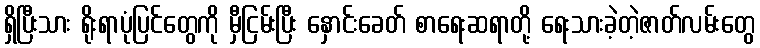
ရှိပြီးသား ရိုးရာပုံပြင်တွေကို မှီငြမ်းပြီး နှောင်းခေတ် စာရေးဆရာတို့ ရေးသားခဲ့တဲ့ဇာတ်လမ်းတွေ